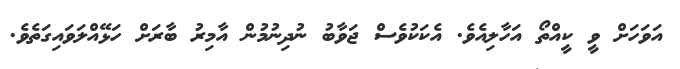
އަވަހަށް ވީ ކީއްތޯ އަހާލިއެވެ. އެކަކުވެސް ޖަވާބު ނުދިނުމުން އާމިރު ބާރަށް ހަޅޭއްލަވައިގަތެވެ.